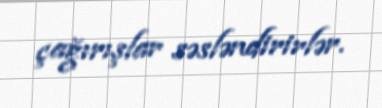
çağırışlar səsləndirirlər.